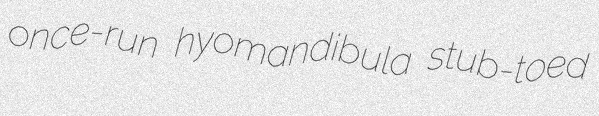
once-run hyomandibula stub-toed